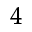
^ 4